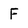
Character: F